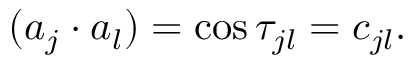
( a _ { j } \cdot a _ { l } ) = \cos \tau _ { j l } = c _ { j l } .